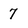
Character: 7